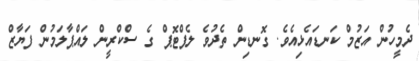
ދެމީހުން އަޒުމް ކަނޑައެޅިއެވެ. ގޮނޑިން ތެދުވެ ލެޕްޓޮޕް ގެ ސްކްރީން ލައްޕާލަމުން ފަޔާޒް